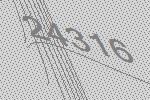
24316